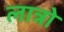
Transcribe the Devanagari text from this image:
लात्रो